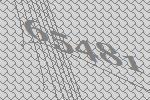
65481